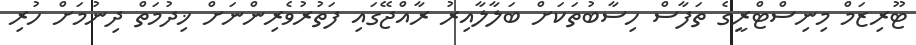
ޓޫރިޒަމް މިނިސްޓްރީގެ ތަފާސް ހިސާބުތަކަށް ބަލާލާއިރު ރާއްޖޭގައި ފަތުރުވެރިންނަށް ޚިދުމަތް ދިނުމަށް ހުރި